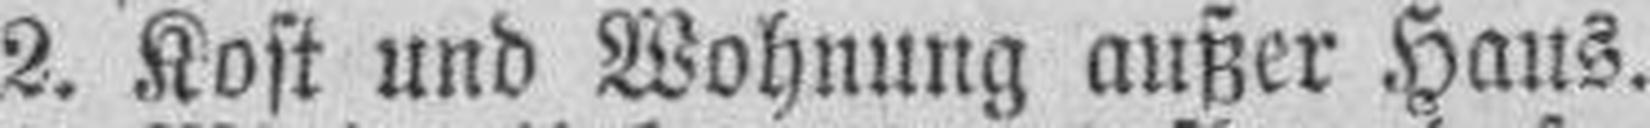
2. Kost und Wohnung außer Haus.